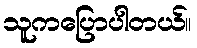
သူကပြောပါတယ်။